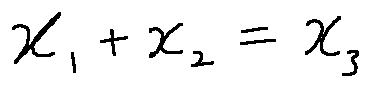
x _ { 1 } + x _ { 2 } = x _ { 3 }